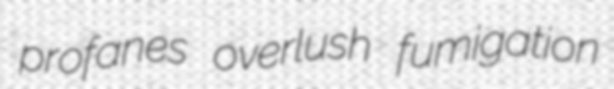
profanes overlush fumigation